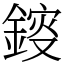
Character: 䤹